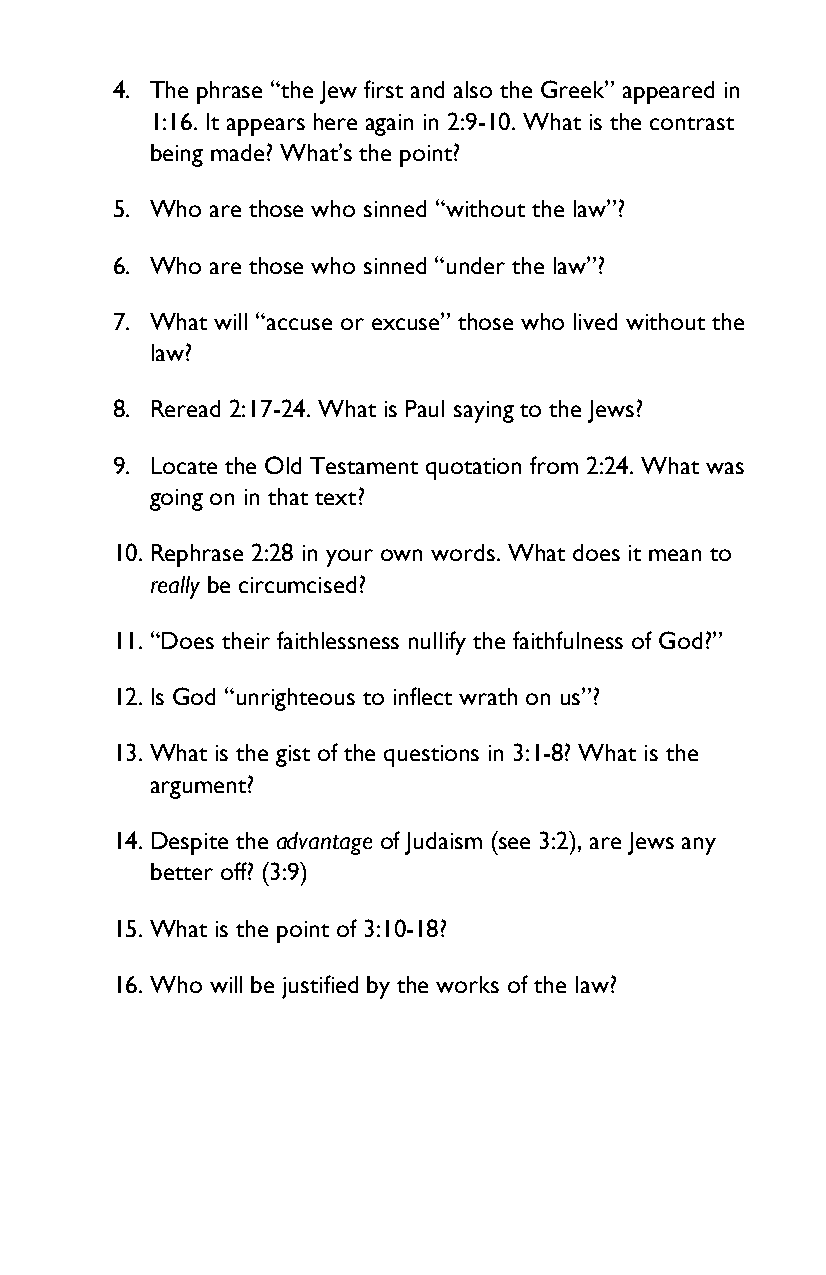
4. The phrase “the Jew first and also the Greek” appeared in
 1:16. It appears here again in 2:9-10. What is the contrast
 being made? What’s the point?
 5. Who are those who sinned “without the law”?
 6. Who are those who sinned “under the law”?
 7. What will “accuse or excuse” those who lived without the
 law?
 8. Reread 2:17-24. What is Paul saying to the Jews?
 9. Locate the Old Testament quotation from 2:24. What was
 going on in that text?
 10. Rephrase 2:28 in your own words. What does it mean to
 really be circumcised?
 11. “Does their faithlessness nullify the faithfulness of God?”
 12. Is God “unrighteous to inflect wrath on us”?
 13. What is the gist of the questions in 3:1-8? What is the
 argument?
 14. Despite the advantage of Judaism (see 3:2), are Jews any
 better off? (3:9)
 15. What is the point of 3:10-18?
 16. Who will be justified by the works of the law?